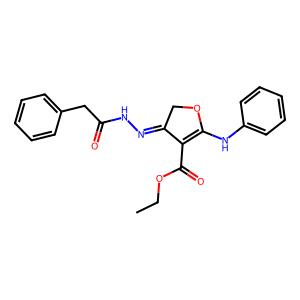
SMILES: CCOC(=O)C1=C(Nc2ccccc2)OCC1=NNC(=O)Cc1ccccc1
Inhibits HIV replication: No